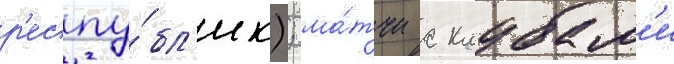
р'еспу́бл'ик); ма́тчи с клубам'и